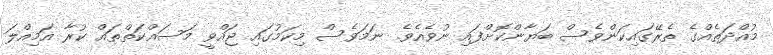
މުއްދަތެއްގެ ތެރޭގައިކަންވެސް ބަޔާންކޮށްފައި ނުވެއެވެ. ނަމަވެސް މިކަމުގައި ޖައްވީ މަސައްކަތްތައް ކުރާ އަމިއްލަ